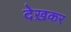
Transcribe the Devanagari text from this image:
देख़कर